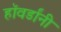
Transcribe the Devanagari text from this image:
हॉवर्डांनी